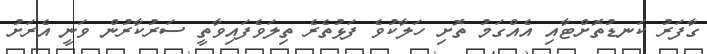
ގާފަރު ކަނޑުތޮށްޓާއި އެއްގަމު ތޮށި ހަލާކުވެ ފަޅުތެރެ ތިލަވެފައިވާތީ ސަރުކާރުން ވަނީ އެރަށު